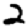
Digit: 2